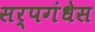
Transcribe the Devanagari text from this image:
सर्पगंधेस